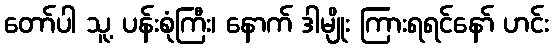
တော်ပါ သူ့ ပန်းစုံကြီး၊ နောက် ဒါမျိုး ကြားရရင်နော် ဟင်း